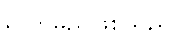
ရှိလာမည်ဖြစ်သည်